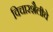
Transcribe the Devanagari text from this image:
विचारशैलीचे